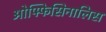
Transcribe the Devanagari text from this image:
ओफ्फिसिनालिस